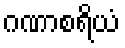
ဂဏာစရိယံ